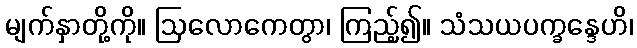
မျက်နှာတို့ကို။ ဩလောကေတွာ၊ ကြည့်၍။ သံသယပက္ခန္ဒေဟိ၊